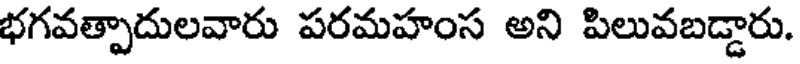
భగవత్పాదులవారు పరమహంస అని పిలువబడ్డారు.